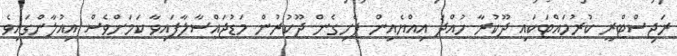
ރަޖިސްޓްރީ ކުރުމައްޓަކައި ދޫކުރާ ހުއްދަ އިއްޔެއިން ފެށިގެން ދޫކުރުން މަޑުޖައްސާލާފައިވާ ކަމަށްވެސް އިއުލާންގައިވެ